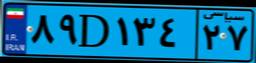
۸۰D۵۵۰۶۱